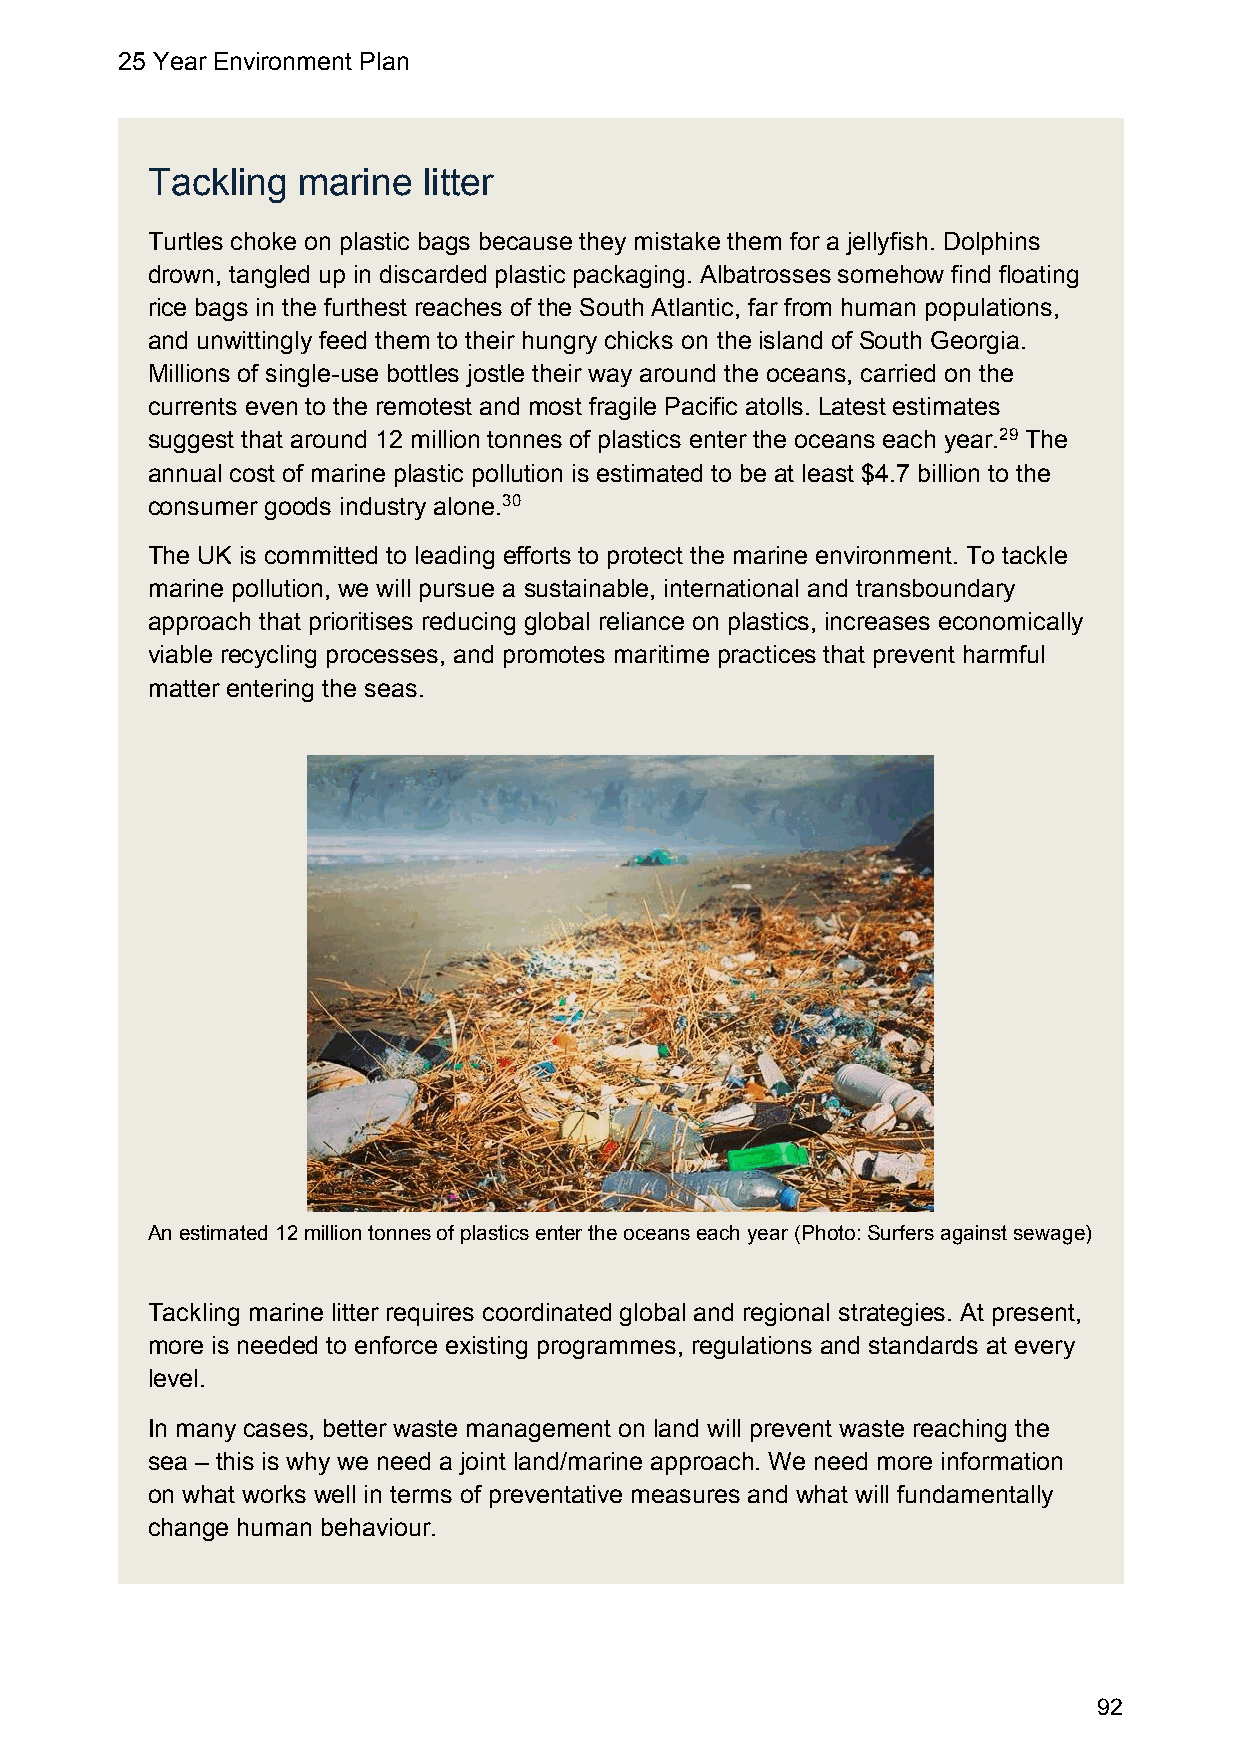
25 Year Environment Plan
 Tackling  marine  litter
 Turtles choke on plastic bags because they mistake them for a jellyfish. Dolphins
 drown, tangled up in discarded plastic packaging. Albatrosses somehow find floating
 rice bags in the furthest reaches of the South Atlantic, far from human populations,
 and unwittingly feed them to their hungry chicks on the island of South Georgia.
 Millions of single-use bottles jostle their way around the oceans, carried on the
 currents even to the remotest and most fragile Pacific atolls. Latest estimates
 suggest that around 12 million tonnes of plastics enter the oceans each year.29 The
 annual cost of marine plastic pollution is estimated to be at least $4.7 billion to the
 consumer goods industry alone.30
 The UK is committed to leading efforts to protect the marine environment. To tackle
 marine pollution, we will pursue a sustainable, international and transboundary
 approach that prioritises reducing global reliance on plastics, increases economically
 viable recycling processes, and promotes maritime practices that prevent harmful
 matter entering the seas.
 An estimated 12 million tonnes of plastics enter the oceans each year (Photo: Surfers against sewage)
 Tackling marine litter requires coordinated global and regional strategies. At present,
 more is needed to enforce existing programmes, regulations and standards at every
 level.
 In many cases, better waste management on land will prevent waste reaching the
 sea – this is why we need a joint land/marine approach. We need more information
 on what works well in terms of preventative measures and what will fundamentally
 change human behaviour.
 92